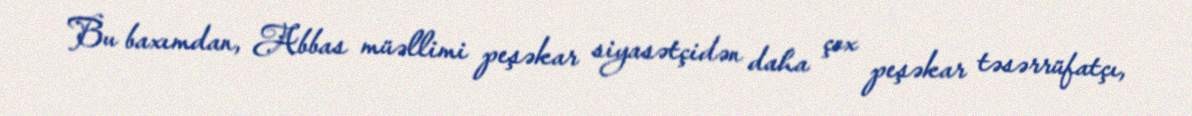
Bu baxımdan, Abbas müəllimi peşəkar siyasətçidən daha çox peşəkar təsərrüfatçı,